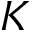
K